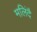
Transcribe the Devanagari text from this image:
मलिंदै